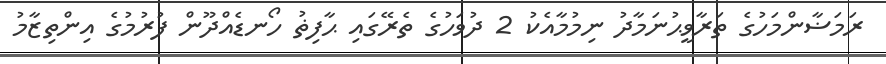
ރަމަޟާންމަހުގެ ތަރާވީޙުނަމާދު ނިމުމާއެކު 2 ދުވަހުގެ ތެރޭގައި ޙާފިޡު ހޯނޑެއްދޫން ފުރުމުގެ އިންތިޒާމު